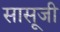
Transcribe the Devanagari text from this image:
सासूजी